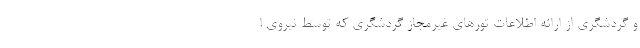
و گردشگری از ارائه اطلاعات تورهای غیرمجاز گردشگری که توسط نیروی ا